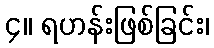
၄။ ရဟန်းဖြစ်ခြင်း၊